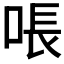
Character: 𫪛